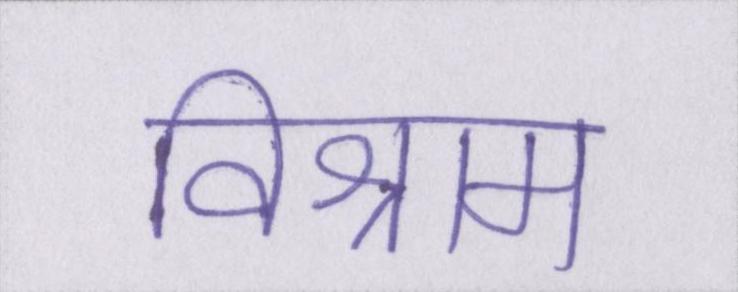
विश्राम